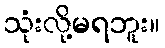
သုံးလို့မရဘူး။